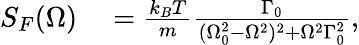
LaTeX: \begin{array}{rl}{S_{F}(\Omega)}&{{}=\frac{k_{B}T}{m}\frac{\Gamma_{0}}{(\Omega_{0}^{2}-\Omega^{2})^{2}+\Omega^{2}\Gamma_{0}^{2}},}\end{array}